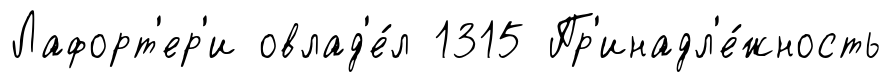
Лафорт'ер'и овлад'е́л 1315 Пр'инадл'е́жность